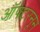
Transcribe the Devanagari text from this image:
ऑफ्टरनून